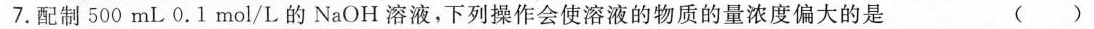
7.配制500mL0.1mol/L的NaOH溶液，下列操作会使溶液的物质的量浓度偏大的是 ()